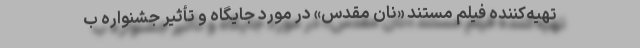
تهیه‌کننده فیلم مستند «نان مقدس» در مورد جایگاه و تأثیر جشنواره ب